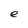
Character: e